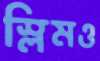
স্লিমও